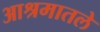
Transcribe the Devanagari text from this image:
आश्रमातले